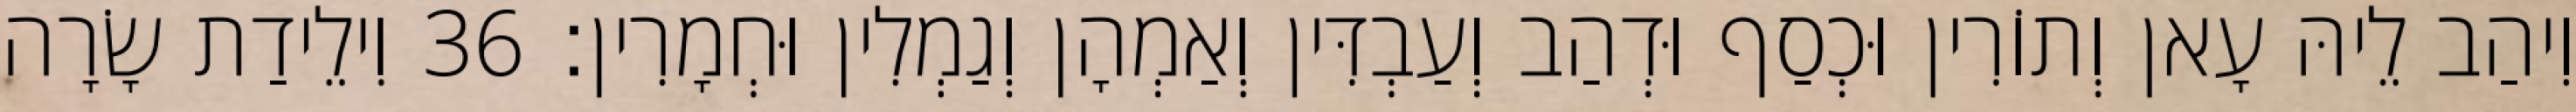
וִיהַב לֵיהּ עָאן וְתוֹרִין וּכְסַף וּדְהַב וְעַבְדִּין וְאַמְהָן וְגַמְלִין וּחְמָרִין׃ 36 וִילֵידַת שָׂרָה